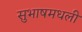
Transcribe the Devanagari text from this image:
सुभाषमधली